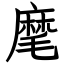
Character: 麾